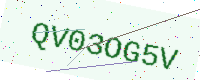
Text: QV03OG5V